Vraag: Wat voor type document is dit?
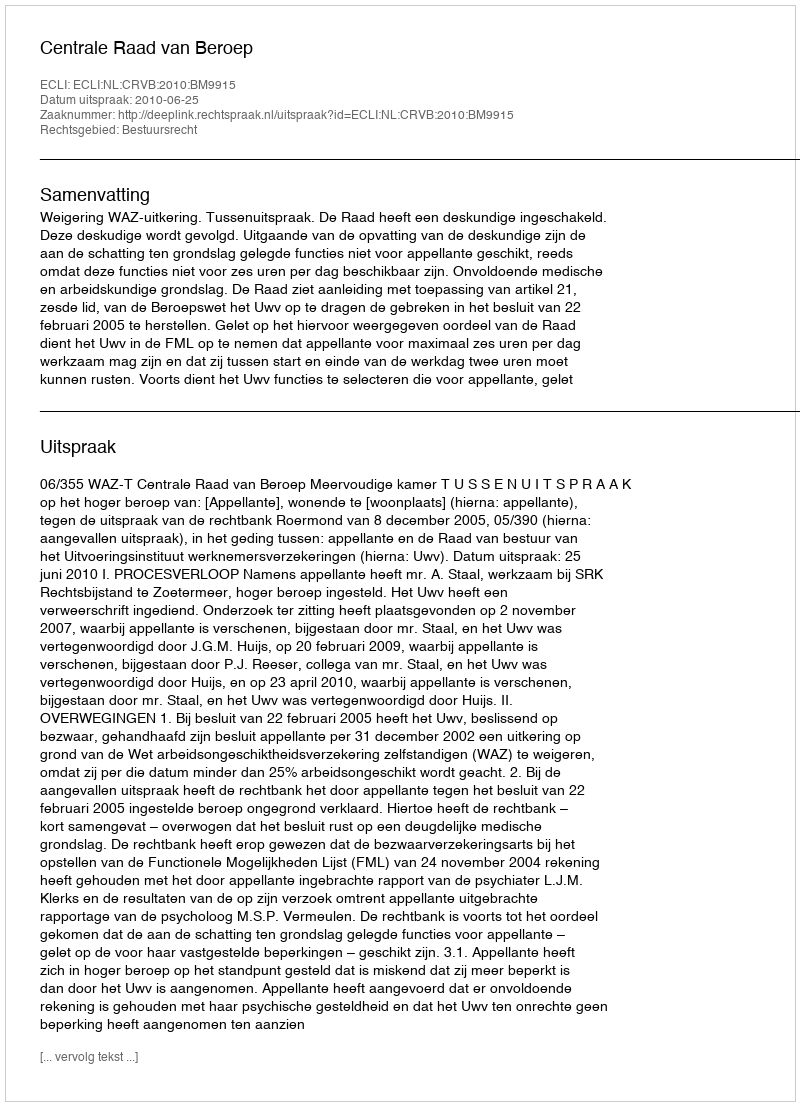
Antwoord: Uitspraak